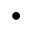
\bullet